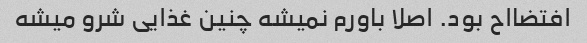
افتضااح بود. اصلا باورم نمیشه چنین غذایی شرو میشه